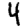
Digit: 4